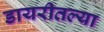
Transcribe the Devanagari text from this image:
डायरीतल्या